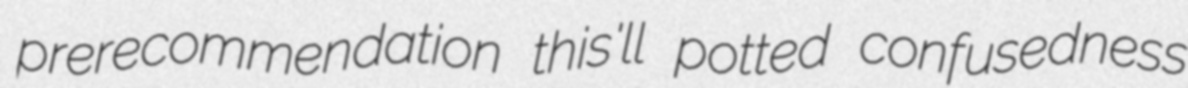
prerecommendation this'll potted confusedness